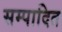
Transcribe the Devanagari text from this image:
सम्‍पादित